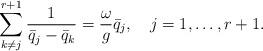
LaTeX: \begin{align*}\sum_{k\ne j}^{r+1}{1\over{\bar{q}_j-\bar{q}_k}}={\omega\over{g}}\bar{q}_j,\quad j=1,\ldots,r+1.\end{align*}